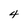
Character: 4